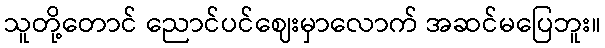
သူတို့တောင် ညောင်ပင်ဈေးမှာလောက် အဆင်မပြေဘူး။